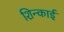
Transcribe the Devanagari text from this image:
शिन्काई